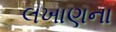
લખાણના